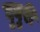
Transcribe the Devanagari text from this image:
घुघुरी